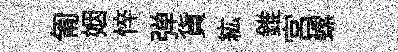
匍姻悴弹貨紘錐宫螺